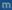
m